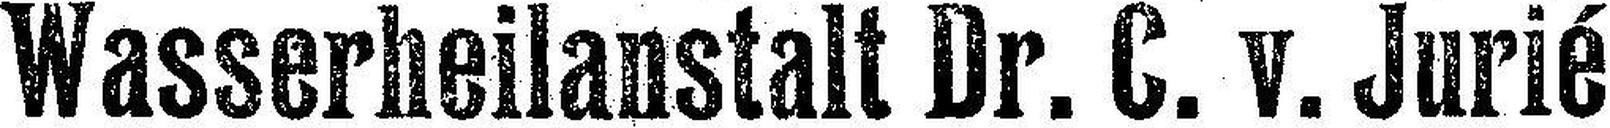
Wasserheilanstalt Dr. C. v. Jurié